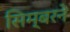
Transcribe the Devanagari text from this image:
सिम्बरने